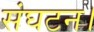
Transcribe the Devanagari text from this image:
संघटन।